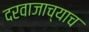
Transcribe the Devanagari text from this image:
दरवाजाच्याच